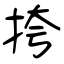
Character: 挎